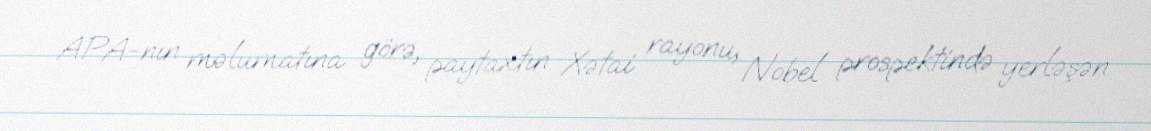
APA-nın məlumatına görə, paytaxtın Xətai rayonu, Nobel prospektində yerləşən